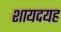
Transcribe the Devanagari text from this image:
शायदयह